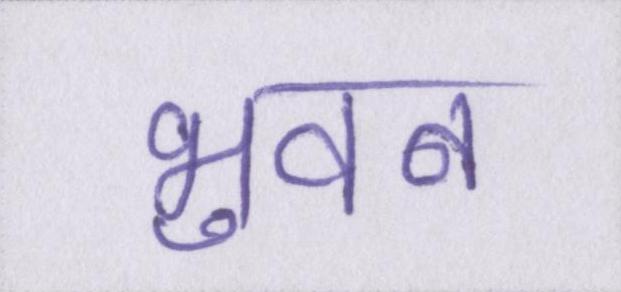
भुवन